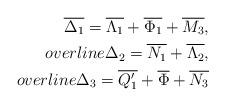
LaTeX: \begin{align*}\overline{\Delta_1}=\overline{\Lambda_1}+\overline{\Phi_1}+\overline{M_3},\\overline{\Delta_2}=\overline{N_1}+\overline{\Lambda_2},\\overline{\Delta_3}=\overline{Q_1'}+\overline{\Phi}+\overline{N_3} \end{align*}